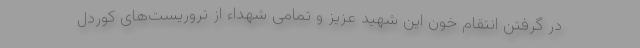
در گرفتن انتقام خون این شهید عزیز و تمامی شهداء از تروریست‌های کوردل